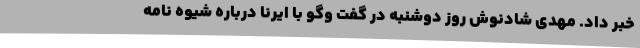
خبر داد. مهدی شادنوش روز دوشنبه در گفت وگو با ایرنا درباره شیوه نامه